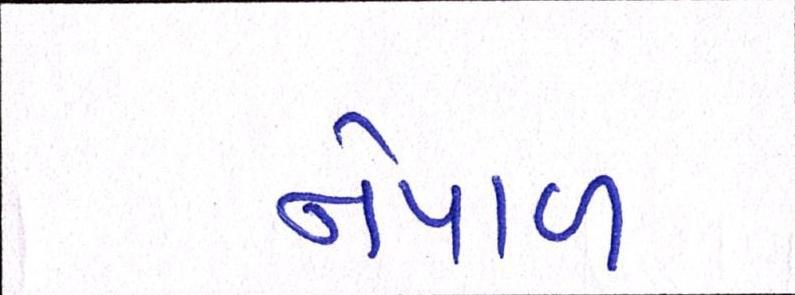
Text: નેપાળ